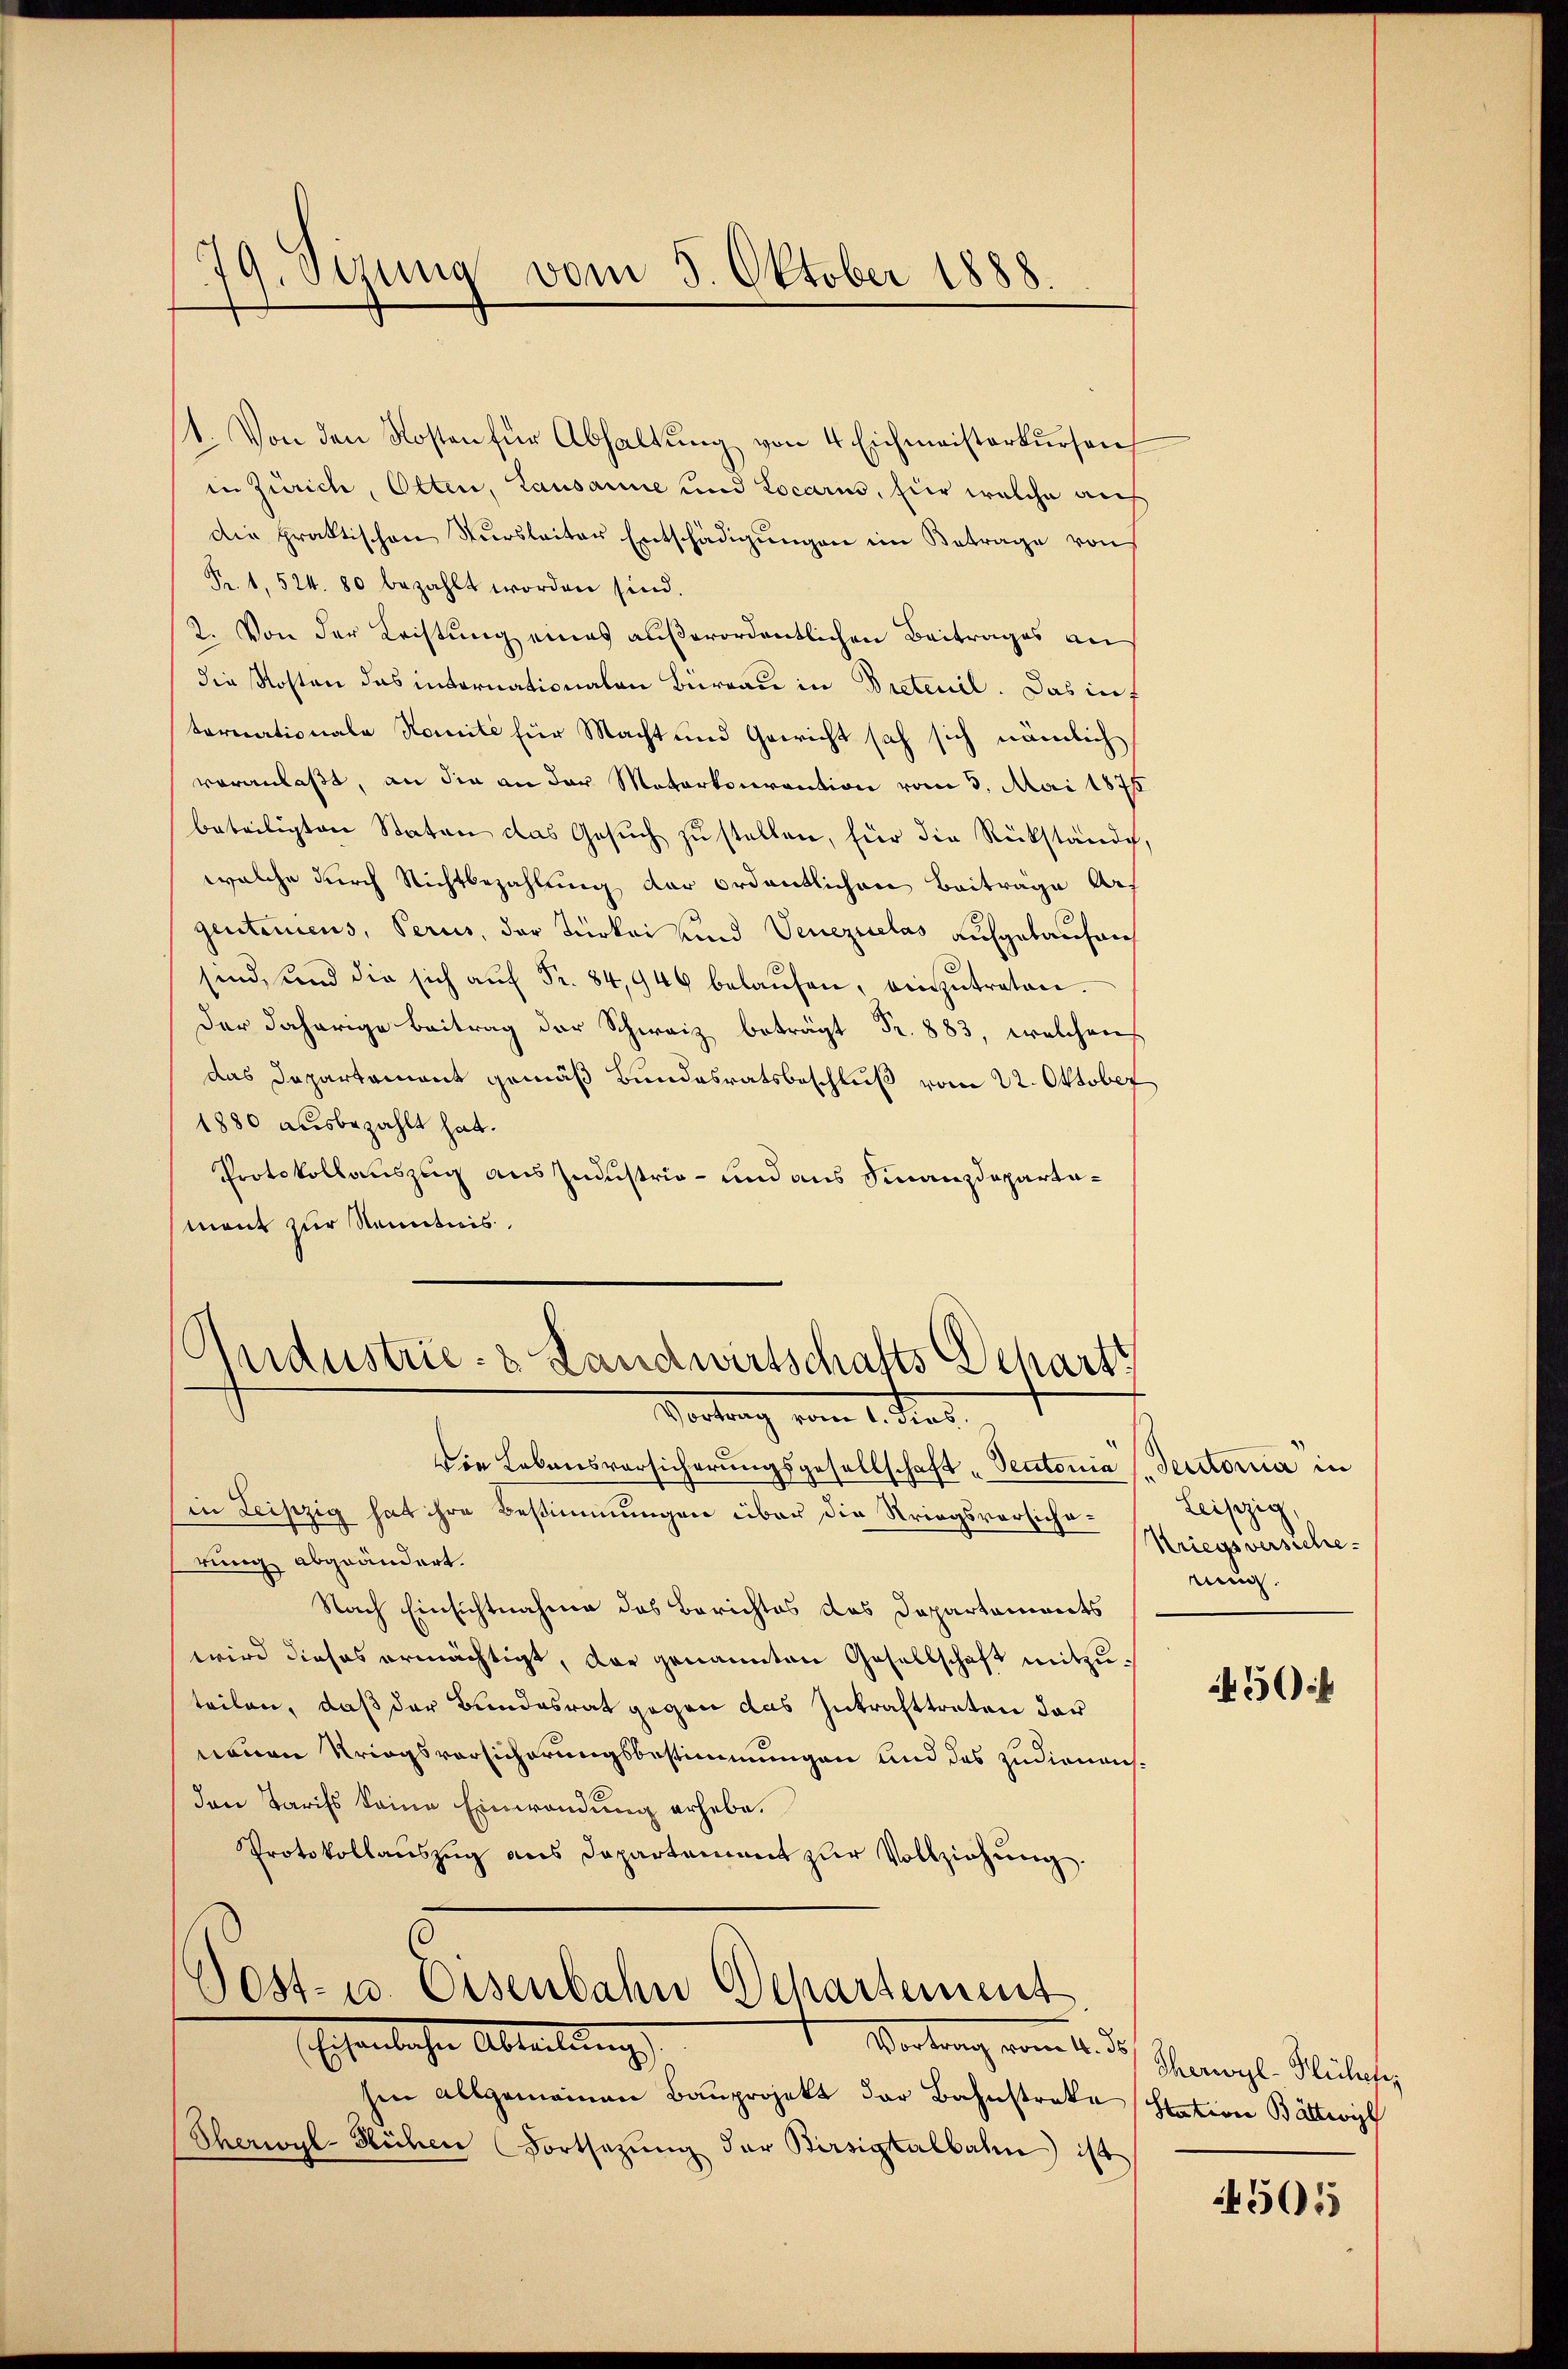
79. Sera vom 5. Oktober 1888.

1. Von den Kosten für Abhaltung von 4 Eichmeisterkursen
in Zürich, Olten, Lausanne und Locarin, fier welche auch
Die praktischen Tŭrsleiter Entschädigŭngen im Betrage von
Pr. 1, 524. 80 bezahlt worden sind.
2. Von der Leistung eines außerordentlichen Beitrages an
die Kosten das internationaten Büreau in Bretenil. Das inf
tornationale Nomité für Macht und Gericht sah sich nämlich
veranlaßt, an die an der Materkonvention vom 3. Mai 1876
beteiligten Staten das Gesuch zu stellen, für die Rückstände,
welche durch Nichtbezahlung der ordentlichen Beitrage Argentemens, Perus, der Türkei und Venezulas aufgetaufen
sind, und die sich aŭf Fr. 84,946 belaŭfen, einzŭtreten.
der daherige Beitrag der Schweiz beträgt Fr. 883, welchen
das Departement gemäß Bundesratsbeschluß vom 22. Oktober
1880 ausbezahlt hat.
Protokollauszug aus Industrie- und aus Finanzdepartamant zur Kenntnis.

Industrie- & Landwirtschafts Scharts
Vortrag vom 1. Fern

Die Lebensversicherungsgesellschaft „Pectonia (Secitoria in
in Leipzig hat ihre Bestimmungen über die Striegsversicherung abgeändert.
Nach Einsichtnahme das Berichtes das Dappartaments
wird dieses ermächtigt, dar genannten Gesellschaft mitzuteilen, daß der Bundesrat gegen das Inkrafttreten der
neuen Kriegsvorsicherungsbestimmungen und des zudienen
den Tarifs keine Einwendung erhebe.
Protokollauszug aus Departement zŭr Vollziehŭng.
Gost- u. Osenbahn Departement
Eschenliche Abteilung,
Vortrag vom 21. d. Schergl. Müleris
sen allgemeinen Bauprojekt der Bahnstrake (Station Bättwil
Eherwyl-Hüchen Fortsetzŭng der Birsigtalbahn ist

Leipzig
Kriegsversiche
rung.

45

45015